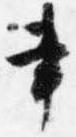
書